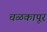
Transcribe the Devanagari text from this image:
चळकापूर